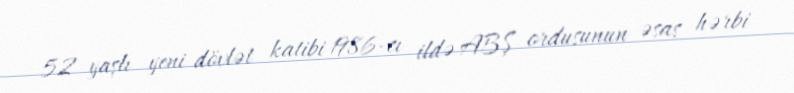
52 yaşlı yeni dövlət katibi 1986-cı ildə ABŞ ordusunun əsas hərbi